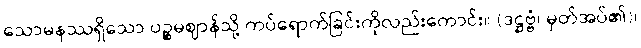
သောမနဿရှိသော ပဉ္စမဈာန်သို့ ကပ်ရောက်ခြင်းကိုလည်းကောင်း။ (ဒဋ္ဌဗ္ဗံ၊ မှတ်အပ်၏)၊